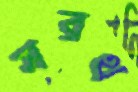
সরথ